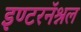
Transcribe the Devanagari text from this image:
इण्टरनॅश्नल